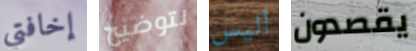
إخافتي لتوضيح أليس يقصدون